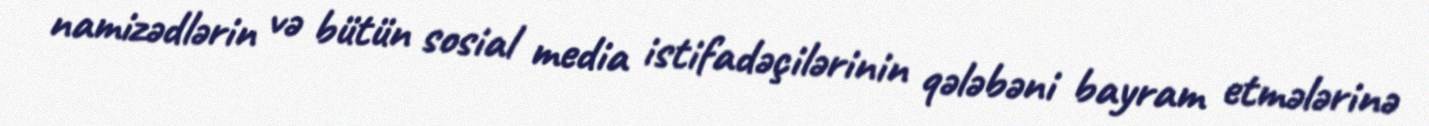
namizədlərin və bütün sosial media istifadəçilərinin qələbəni bayram etmələrinə